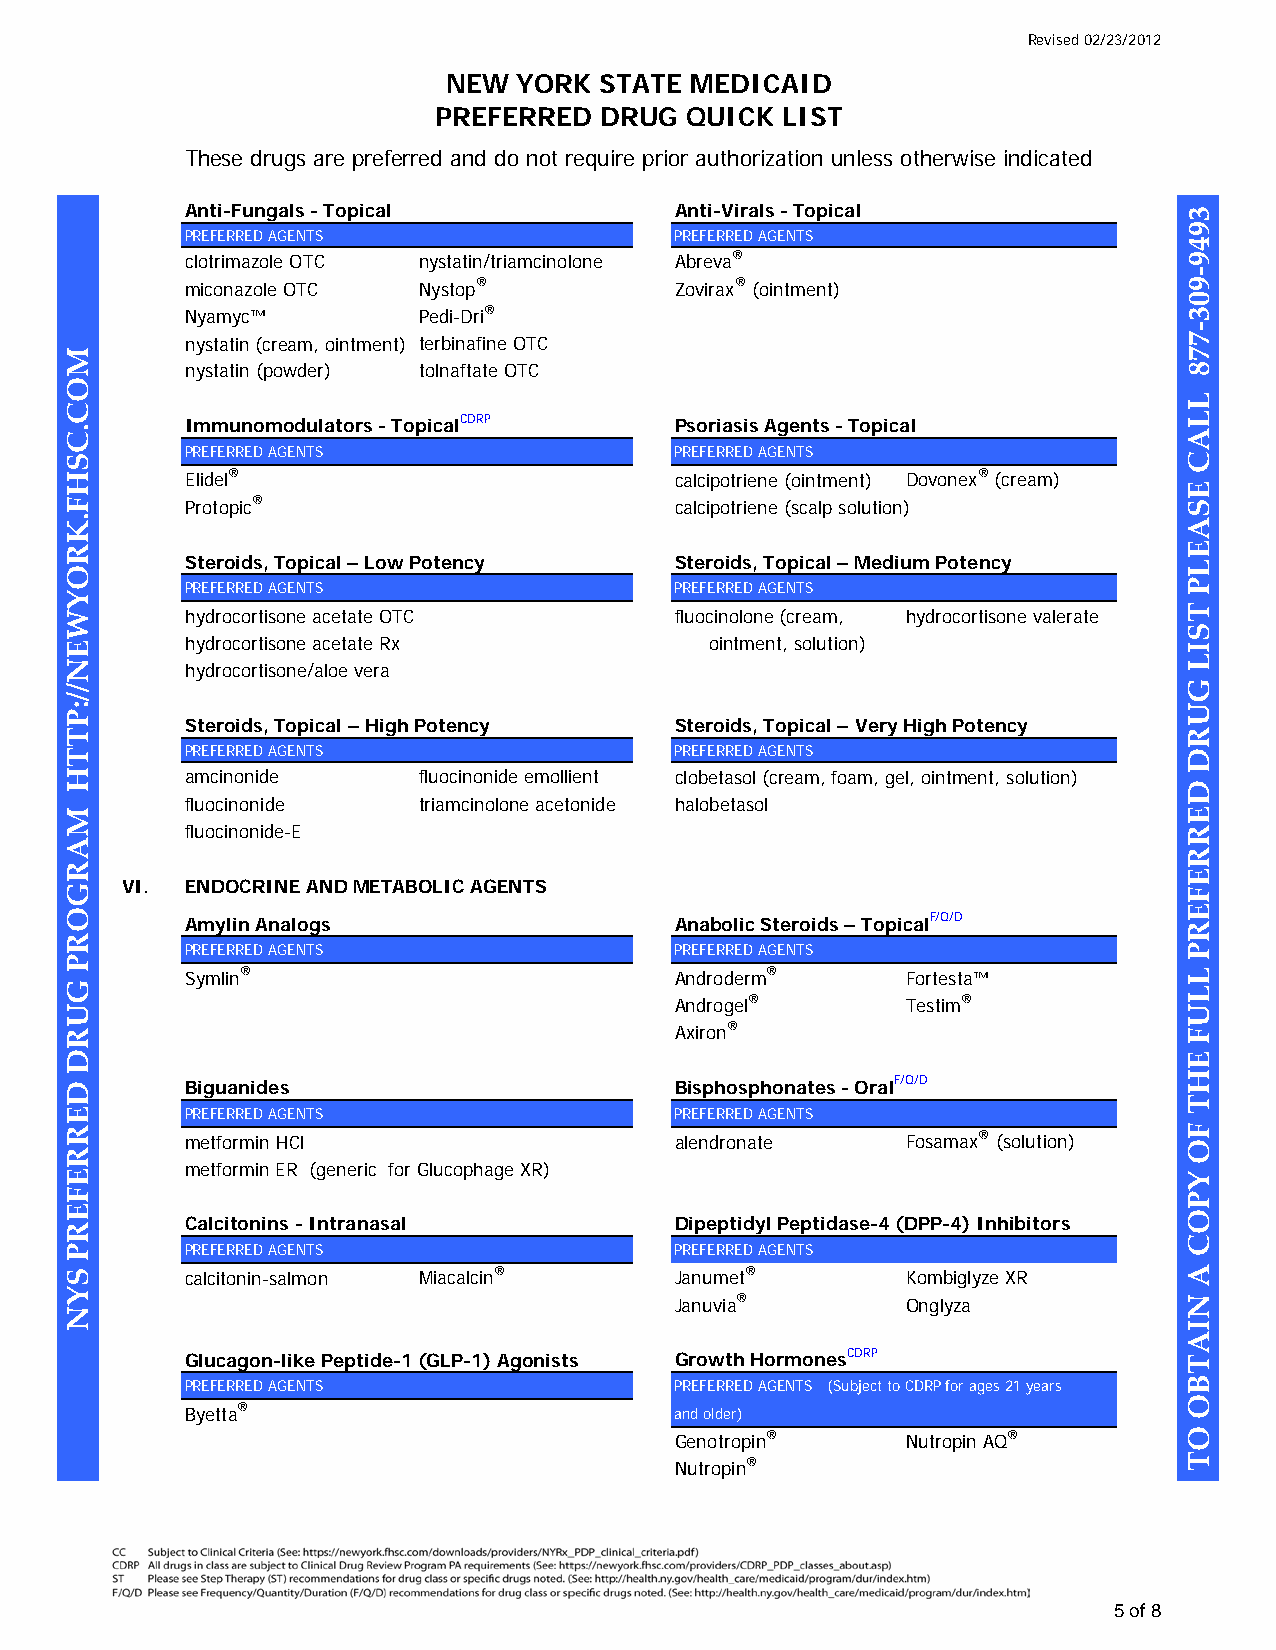
Revised 02/23/2012
 NEW  YORK STATE MEDICAID
 PREFERRED  DRUG  QUICK LIST
 These drugs are preferred and do not require prior authorization unless otherwise indicated
 Anti-Fungals - Topical          Anti-Virals - Topical
 PREFERRED AGENTS                PREFERRED AGENTS
 clotrimazole OTC nystatin/triamcinolone Abreva®
 miconazole OTC Nystop®          Zovirax® (ointment)
 Nyamyc™        Pedi-Dri®
 nystatin (cream, ointment) terbinafine OTC
 nystatin (powder) tolnaftate OTC
 Immunomodulators - TopicalCDRP  Psoriasis Agents - Topical
 PREFERRED AGENTS                PREFERRED AGENTS
 Elidel®                         calcipotriene (ointment) Dovonex® (cream)
 Protopic®                       calcipotriene (scalp solution)
 Steroids, Topical – Low Potency Steroids, Topical – Medium Potency
 PREFERRED AGENTS                PREFERRED AGENTS
 hydrocortisone acetate OTC      fluocinolone (cream, hydrocortisone valerate
 hydrocortisone acetate Rx          ointment, solution)
 hydrocortisone/aloe vera
 Steroids, Topical – High Potency Steroids, Topical – Very High Potency
 PREFERRED AGENTS                PREFERRED AGENTS
 amcinonide     fluocinonide emollient clobetasol (cream, foam, gel, ointment, solution)
 fluocinonide   triamcinolone acetonide halobetasol
 fluocinonide-E
 VI. ENDOCRINE AND METABOLIC AGENTS
 Amylin Analogs                  Anabolic Steroids – TopicalF/Q/D
 PREFERRED AGENTS                PREFERRED AGENTS
 Symlin®                         Androderm®      Fortesta™
 Androgel®       Testim®
 Axiron®
 Biguanides                      Bisphosphonates - OralF/Q/D
 PREFERRED AGENTS                PREFERRED AGENTS
 metformin HCl                   alendronate     Fosamax® (solution)
 metformin ER (generic for Glucophage XR)
 Calcitonins - Intranasal        Dipeptidyl Peptidase-4 (DPP-4) Inhibitors
 PREFERRED AGENTS                PREFERRED AGENTS
 calcitonin-salmon Miacalcin®    Janumet®        Kombiglyze XR
 Januvia®        Onglyza
 Glucagon-like Peptide-1 (GLP-1) Agonists Growth HormonesCDRP
 PREFERRED AGENTS                PREFERRED AGENTS (Subject to CDRP for ages 21 years
 Byetta®                         and older)
 Genotropin®     Nutropin AQ®
 Nutropin®
 5 of 8
 MOC.CSHF.KROYWEN//:PTTH
 MARGORP
 GURD
 DERREFERP
 SYN
 3949-903-778
 LLAC
 ESAELP
 TSIL
 GURD
 DERREFERP
 LLUF
 EHT
 FO
 YPOC
 A
 NIATBO
 OT